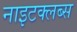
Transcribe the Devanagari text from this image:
नाइटक्लब्स